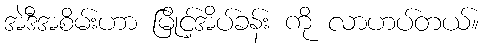
အဲဒီအစိမ်းဟာ မြိုင့်အိပ်ခန်း ကို လာဟပ်တယ်။